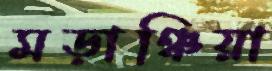
মড়াঞ্চিয়া